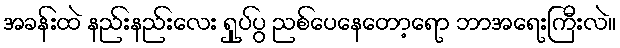
အခန်းထဲ နည်းနည်းလေး ရှုပ်ပွ ညစ်ပေနေတော့ရော ဘာအရေးကြီးလဲ။